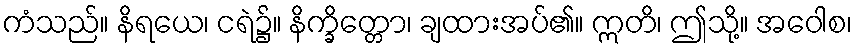
ကံသည်။ နိရယေ၊ ငရဲ၌။ နိက္ခိတ္တော၊ ချထားအပ်၏။ ဣတိ၊ ဤသို့။ အဝေါစ၊